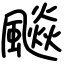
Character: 飈